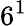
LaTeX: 6{}^{1}